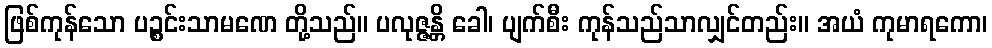
ဖြစ်ကုန်သော ပဉ္စင်းသာမဏေ တို့သည်။ ပလုဇ္ဇန္တိ ခေါ၊ ပျက်စီး ကုန်သည်သာလျှင်တည်း။ အယံ ကုမာရကော၊